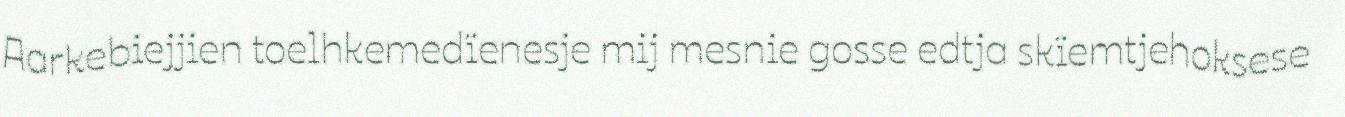
Aarkebiejjien toelhkemedïenesje mij mesnie gosse edtja skïemtjehoksese